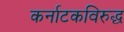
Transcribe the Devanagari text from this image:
कर्नाटकविरुद्ध